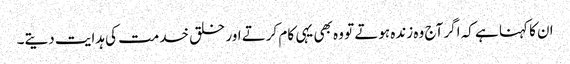
ان کا کہنا ہے کہ اگر آج وہ زندہ ہوتے تو وہ بھی یہی کام کرتے اور خلق خدمت کی ہدایت دیتے۔